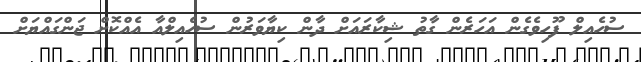
ސުހެއިލް ފޫހިވެގެން އަހަރެން ގާތު ޝިކާރައަށް ދާން ކިޔާވަރުން ސުހެއިލްއާ އެއްކޮށް ޖަންގައްޔަށް